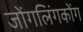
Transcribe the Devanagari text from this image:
जोंगलिंगकोंग